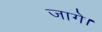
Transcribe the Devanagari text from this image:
जागे।